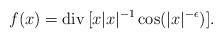
LaTeX: \begin{align*}f(x) = {\rm div} \, [x|x|^{-1} \cos(|x|^{-\epsilon})].\end{align*}